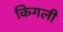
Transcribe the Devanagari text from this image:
किगली